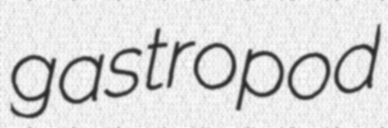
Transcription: gastropod